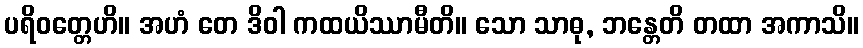
ပရိဝတ္တေဟိ။ အဟံ တေ ဒိဝါ ကထယိဿာမီတိ။ သော သာဓု, ဘန္တေတိ တထာ အကာသိ။